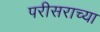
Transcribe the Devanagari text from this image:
परीसराच्या